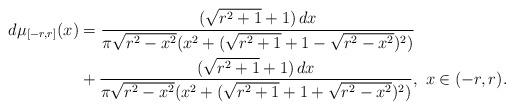
LaTeX: \begin{align*}d\mu_{[-r,r]}(x) &= \frac{(\sqrt{r^2+1}+1)\,dx}{\pi\sqrt{r^2-x^2}(x^2+(\sqrt{r^2+1}+1-\sqrt{r^2-x^2})^2)} \\ &+ \frac{(\sqrt{r^2+1}+1)\,dx}{\pi\sqrt{r^2-x^2}(x^2+(\sqrt{r^2+1}+1+\sqrt{r^2-x^2})^2)},\ x\in(-r,r).\end{align*}